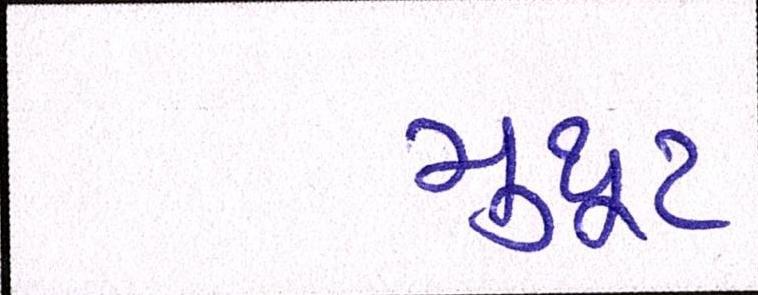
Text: મુથૂટ